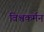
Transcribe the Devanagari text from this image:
विश्वकर्मन